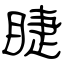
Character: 睫